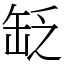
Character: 䍇